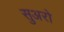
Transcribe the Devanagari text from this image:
सुअरो